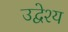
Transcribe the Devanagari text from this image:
उद्वेश्‍य